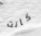
كانت